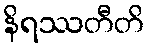
နိရဿတီတိ